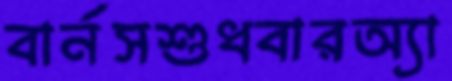
বার্নসশুধবারঅ্যা